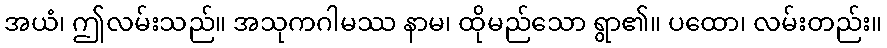
အယံ၊ ဤလမ်းသည်။ အသုကဂါမဿ နာမ၊ ထိုမည်သော ရွာ၏။ ပထော၊ လမ်းတည်း။